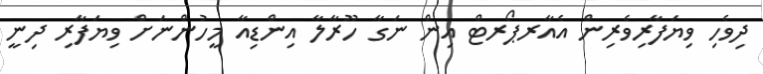
ދިވެހި ވިޔަފާރިވެރިން އެއާރޕޯރޓް އިން ނަގާ ހޫރާލާ އިންޑިއާ މީހުންނަށް ވިޔަފާރި ދިނީ